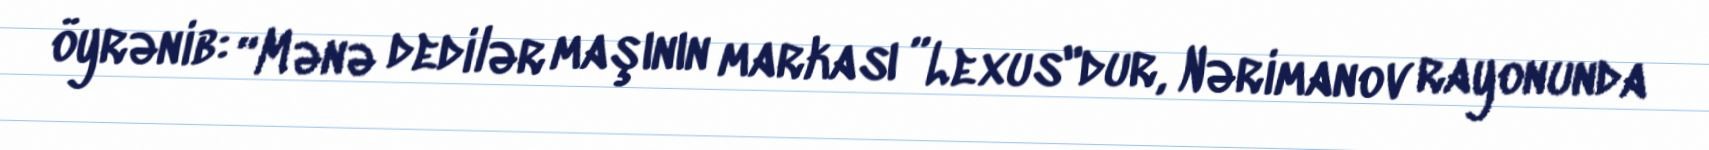
öyrənib: “Mənə dedilər maşının markası ”Lexus"dur, Nərimanov rayonunda